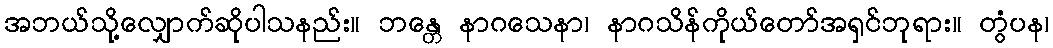
အဘယ်သို့လျှောက်ဆိုပါသနည်း။ ဘန္တေ နာဂသေနာ၊ နာဂသိန်ကိုယ်တော်အရှင်ဘုရား။ တွံပန၊